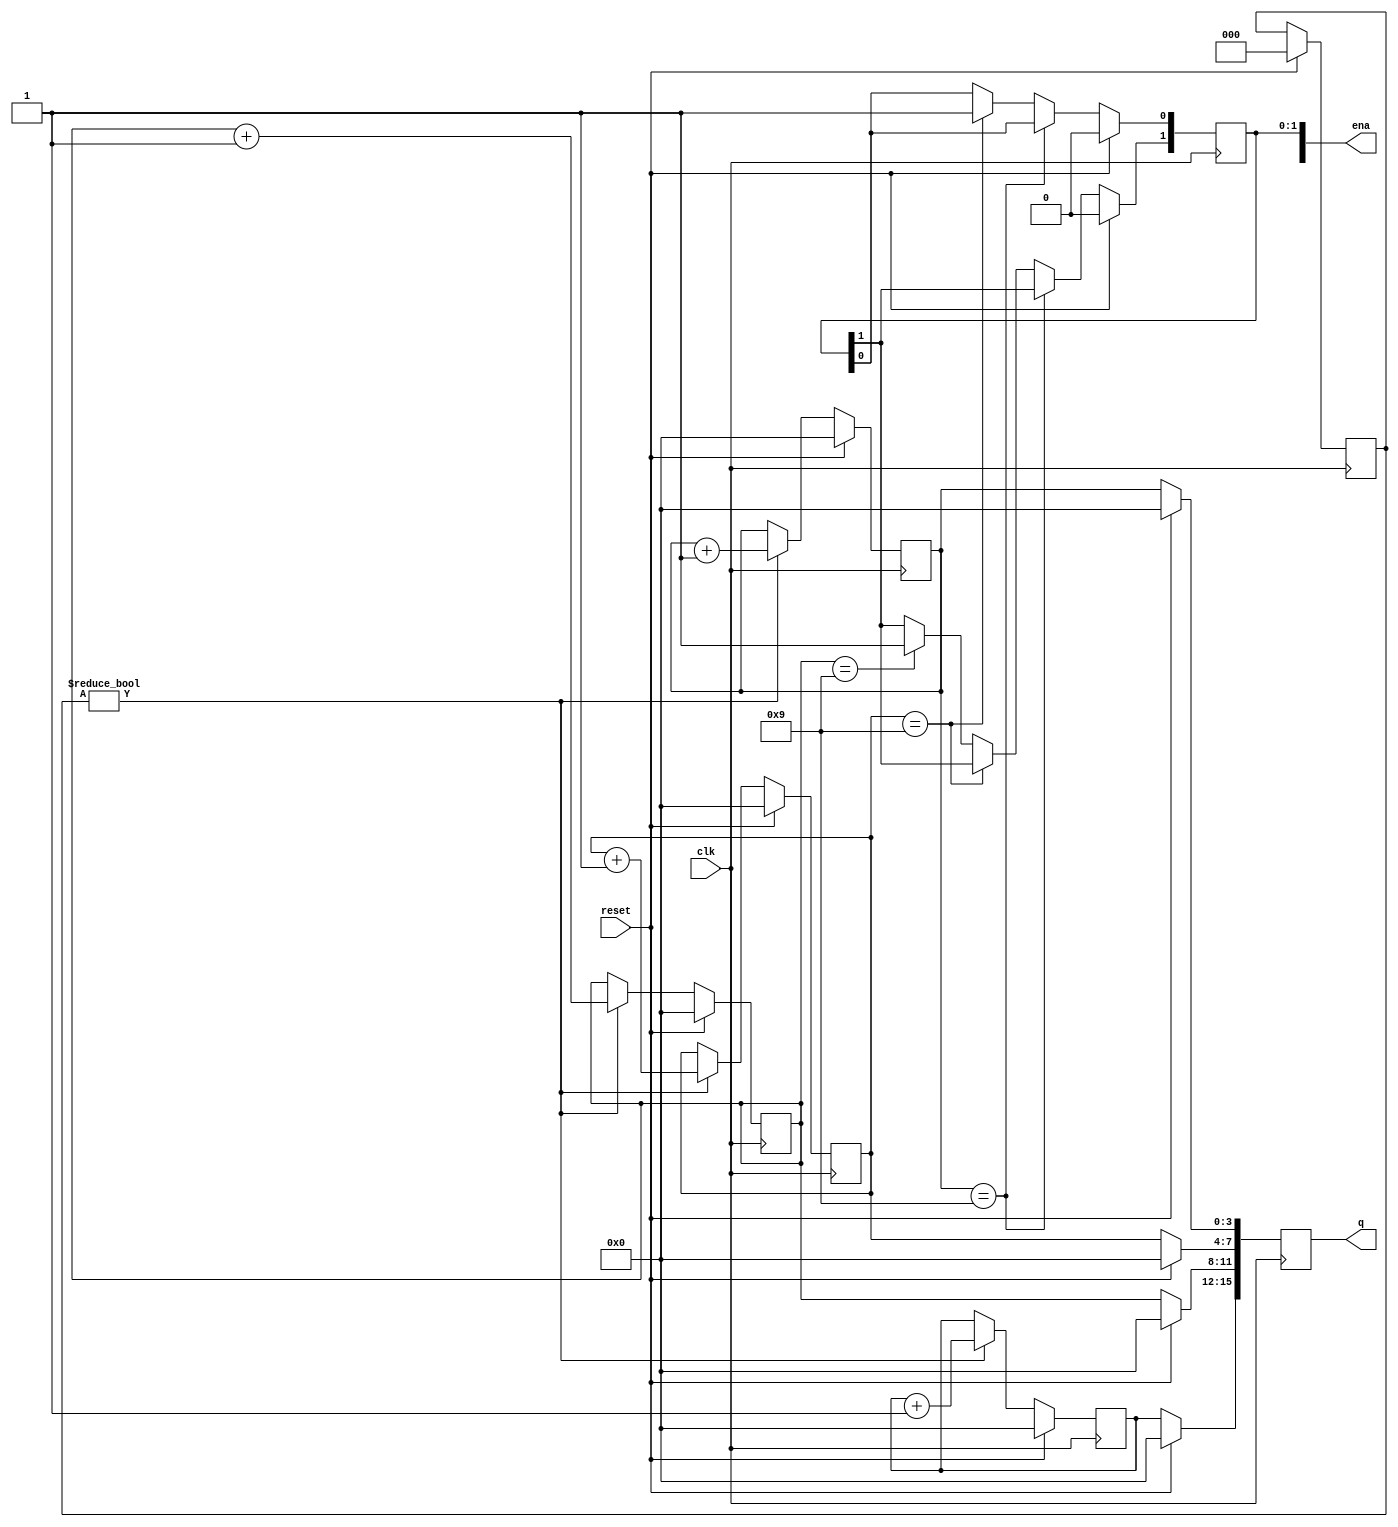
module top_module (
    input clk,
    input reset,   // Synchronous active-high reset
    output [3:1] ena,
    output [15:0] q);

    reg [3:0] d0, d1, d2, d3;
    reg [3:1] en;

    // 4-bit decade counter
    always @(posedge clk) begin
        if (reset) begin
            d0 <= 0;
            d1 <= 0;
            d2 <= 0;
            d3 <= 0;
            en <= 0;
        end else begin
            if (en) begin
                d0 <= d0 + 1;
                d1 <= d1 + 1;
                d2 <= d2 + 1;
                d3 <= d3 + 1;
            end
        end
    end

    // Output enable signals
    always @(posedge clk) begin
        if (reset) begin
            ena[0] <= 0;
            ena[1] <= 0;
            ena[2] <= 0;
        end else begin
            if (d0 == 9) begin
                ena[0] <= 1;
            end else if (d1 == 9) begin
                ena[1] <= 1;
            end else if (d2 == 9) begin
                ena[2] <= 1;
            end
        end
    end

    // Output BCD digits
    always @(posedge clk) begin
        if (reset) begin
            q[15:12] <= 0;
            q[11:8] <= 0;
            q[7:4] <= 0;
            q[3:0] <= 0;
        end else begin
            q[15:12] <= d3;
            q[11:8] <= d2;
            q[7:4] <= d1;
            q[3:0] <= d0;
        end
    end

endmodule